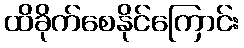
ထိခိုက်စေနိုင်ကြောင်း